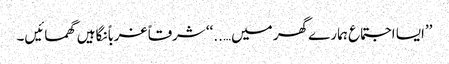
’’ایسا اجتماع ہمارے گھر میں…..‘‘ شرقاً غرباً نگاہیں گھمائیں۔